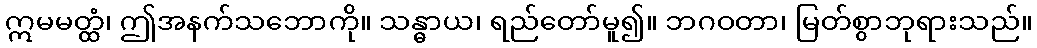
ဣမမတ္ထံ၊ ဤအနက်သဘောကို။ သန္ဓာယ၊ ရည်တော်မူ၍။ ဘဂဝတာ၊ မြတ်စွာဘုရားသည်။